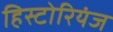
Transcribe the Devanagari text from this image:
हिस्टोरियंज